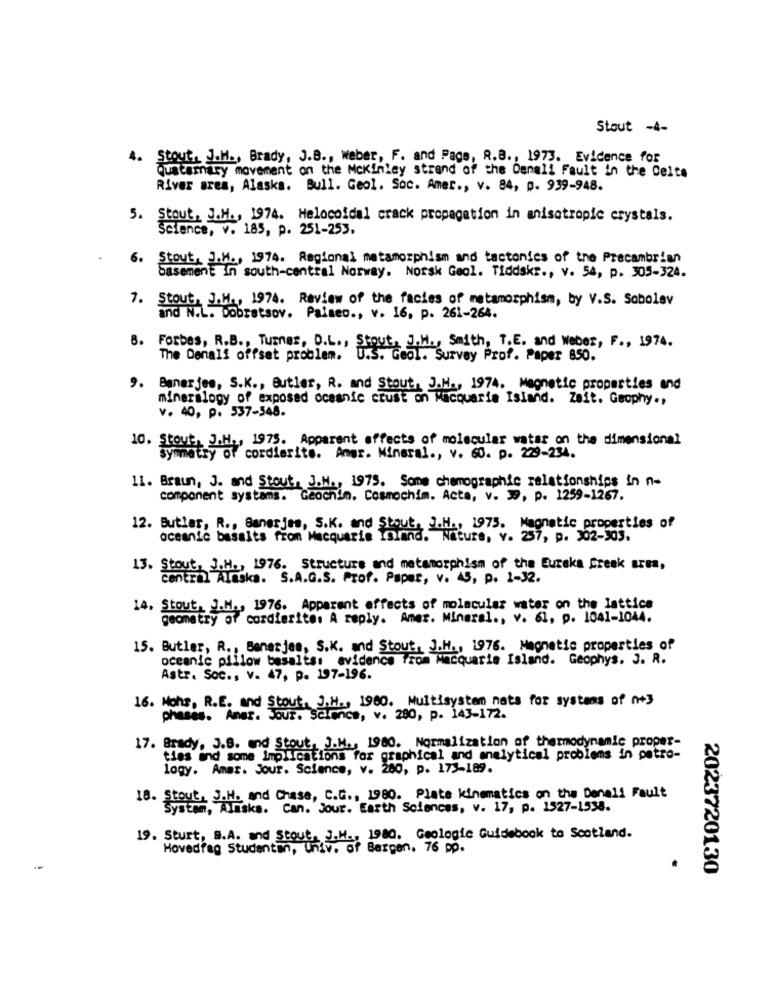
Stout -4-
4. Stout, J.H ., Brady, J.B ., weber, F. and Page, R.B ., 1973. Evidence for
Quaternary movement on the Mckinley strand of the Denali Fault in the Delta
River area, Alaska. Bull. Geol. Soc. Amer ., v. 84, p. 939-948.
5. Stout, J.H ., 1974. Helocoidal crack propagation in anisotropic crystals.
Science, v. 185, p. 251-253.
6. Stout, J.M ., 1974. Regional metamorphism and tectonics of the Precambrian
basement In south-central Norway. Norsk Geol. Tiddskt ., v. 54, p. 305-324.
7. Stout, J.M ., 1974. Review of the facies of metamorphism, by V.S. Sobolev
and N.L. Dobretsov. Palmeo ., v. 16, p. 261-264.
8. Forbes, R.B ., Turner, D.L .,
J.M ., Smith, T.E. and Weber, F ., 1974.
The Denali offset problem.
U.S. Geol. Survey Prof. Paper 850.
9. Banerjes, S.K ., Butler, R. and Stout, J.H ., 1974. Magnetic properties and
mineralogy of exposed oceanic crust on Macquarie Island. Zeit. Geophy .,
v. 40, p. 537-548.
10. Stout, J.H ., 1975. Apparent affects of molecular watar on the dimensional
ymmetry of cordierite. Amar. Mineral ., v. 60. p. 229-234.
11. Braun, J. and Stout, J.H ., 1975. Some chemographic relationships in n-
component systems. Geochin. Cosmochim. Acta, v. 39, p. 1259-1267.
12. Butler, R ., Banerjes, S.K. and Stout, J.H ., 1975. Magnetic properties of
oceanic basalts from Macquarie Island. Nature, v. 257, p. 302-903.
13. Stout, J.H ., 1976. Structure and metamorphism of the Eureka Creek area,
central Alaska. S.A.G.S. Prof. Paper, v. 45, p. 1-32.
14. Stout. J.M ., 1976. Apparent effects of molecular water on the lattice
itry of cordierite: A reply. Amer. Mineral ., v. 61, p. 1041-1044.
15. Butler, R ., Banerjee, S.K. and Stout, J.H ., 1976. Magnetic properties of
oceanic pillow basalts: evidence from Macquarie Island. Geophys. J. R.
Astr. Soc ., v. 47, p. 197-196.
16. Mohs, R.E. and Stout, J.H ., 1960. Multisystem nats for systems of +3
phases. Amer. Jour. Science, v. 280, p. 143-172.
17. Brady, J.B. and Stout, J.M ., 1980. Normalization of thermodynamic proper-
ties ind some Implications for graphical and analytical problems in petro-
logy. Amer. Jour. Science, v. 280, p. 173-189.
18. Stout, J.H. and Chase, C.G ., 1980. Plate kinematics on the Denali Fault
System, Aliska. Can. Jour. Earth Sciences, v. 17, p. 1527-1538.
19. Sturt, B.A. and Stout, J.H ., 1980. Geologic Guidebook to Scotland.
Hovedfag Studenten, Univ. of Bergen. 76 90.
-
2023720130